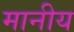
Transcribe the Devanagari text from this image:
मानीय